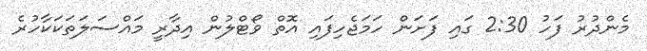
މެންދުރު ފަހު 2:30 ގައި ފަށަން ހަމަޖެހިފައި އޮތް ވޯޓްލުން އިދާރީ މައްސަލަތަކަކާހުރެ